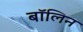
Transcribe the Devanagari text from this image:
बॉलिन